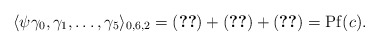
\begin{align*}\langle \psi \gamma_0, \gamma_1,\dots,\gamma_5\rangle_{0,6,2}=(\ref{eq-groupOfTerms-S2})+(\ref{eq-groupOfTerms-S3})+(\ref{eq-groupOfTerms-S4})=\mathrm{Pf}(c).\end{align*}